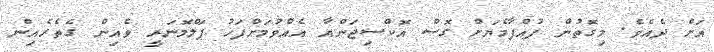
އަށް ދެއެވެ. މިގޮތުން ފުއްޕާމެޔަށް ގޮސް އޮކްސިޖަންއާ އެއްވުމަށްފަހު ޕަލްމޮނަރީ ވެއިން ގެތެރެއިން